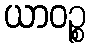
ယာဝဉ္စ